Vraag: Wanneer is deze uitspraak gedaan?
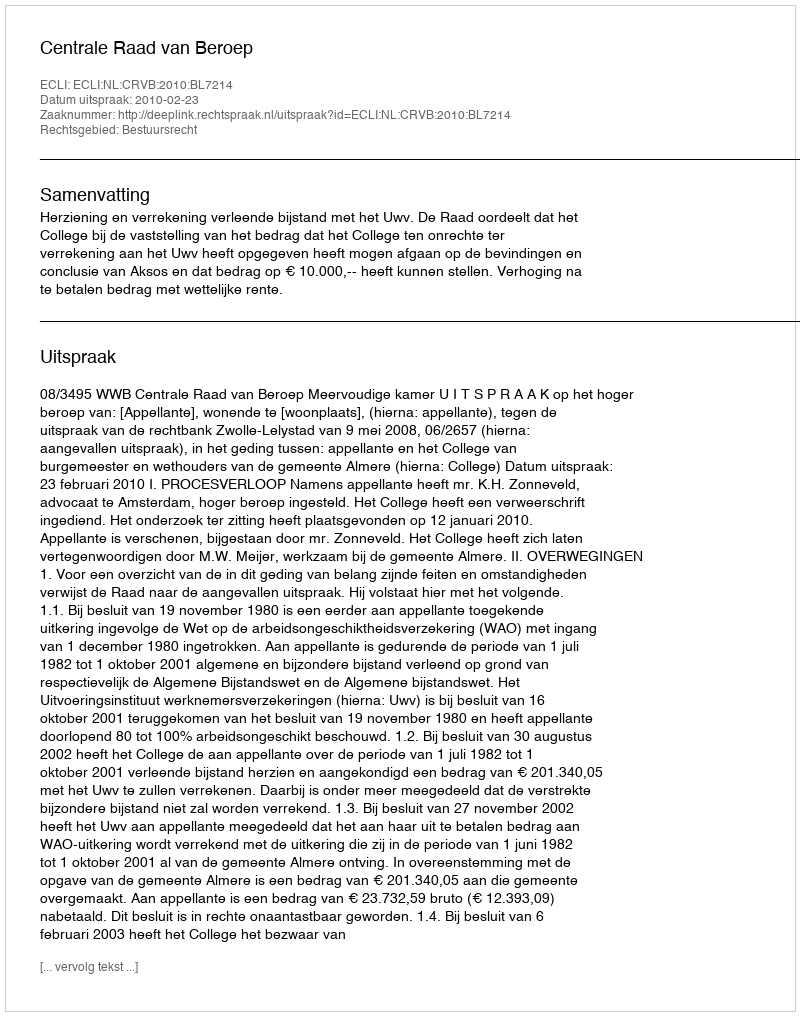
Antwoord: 2010-02-23